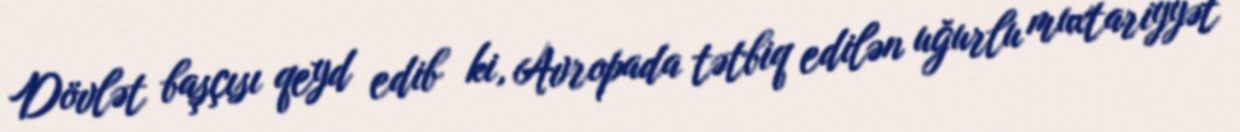
Dövlət başçısı qeyd edib ki, Avropada tətbiq edilən uğurlu muxtariyyət